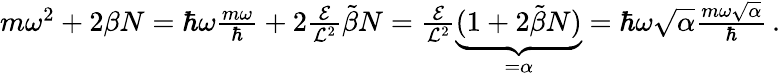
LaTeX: \begin{array}{r}{m\omega^{2}+2\beta N=\hbar\omega\frac{m\omega}{\hbar}+2\frac{\mathcal{E}}{\mathcal{L}^{2}}\tilde{\beta}N=\frac{\mathcal{E}}{\mathcal{L}^{2}}\underset{=\alpha}{\underbrace{(1+2\tilde{\beta}N)}}=\hbar\omega\sqrt{\alpha}\frac{m\omega\sqrt{\alpha}}{\hbar}\, .}\end{array}